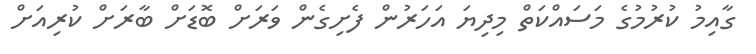
ގާއިމު ކުރުމުގެ މަސައްކަތް މިދިޔަ އަހަރުން ފެށިގެން ވަރަށް ބޮޑަށް ބާރަށް ކުރިއަށް